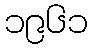
၁၉၆၁